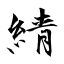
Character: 綪